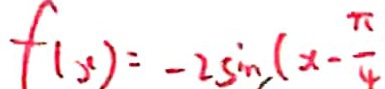
f ( x ) = - 2 \sin ( x - \frac { \pi } { 4 }